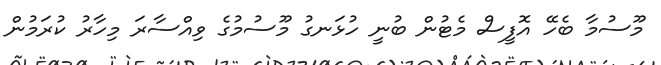
މޫސުމާ ބެހޭ އޮފީސް މެޓުން ބުނީ ހުޅަނގު މޫސުމުގެ ވިއްސާރަ މިހާރު ކުރަމުން